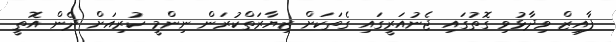
ފާއިޒް ވިދާޅުވި ގޮތުގައި ޖެނުއަރީގައި ގެތަކަށް ޒިޔާރަތްކުރަން ނިންމީ ކުރިއަށް ދެން އޮތީ